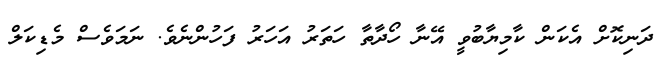
ދަނިކޮށް އެކަން ކާމިޔާބުވީ އޭނާ ހޯދާތާ ހަތަރު އަހަރު ފަހުންނެވެ. ނަމަވެސް މެޑިކަލް